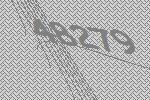
48279